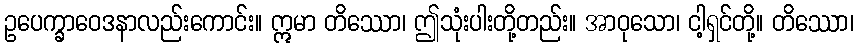
ဥပေက္ခာဝေဒနာလည်းကောင်း။ ဣမာ တိဿော၊ ဤသုံးပါးတို့တည်း။ အာဝုသော၊ ငါ့ရှင်တို့။ တိဿော၊